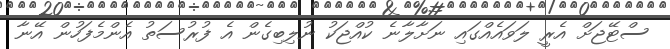
ސްޓޭޖަށް އެރީ ލަވައެއްގައި ނަށާލާނެ ކުއްޖަކު ނުލިބިގެން އެ ފުރުސަތު އެންމެފަހުން އޭނާ